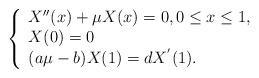
LaTeX: \begin{align*}\left\{ \begin{array}{l}X^{\prime \prime }(x)+\mu X(x)=0,0\leq x\leq 1, \\ X(0)=0 \\ (a\mu -b)X(1)=dX^{^{\prime }}(1).\end{array}\right. \end{align*}